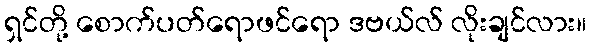
ရှင်တို့ စောက်ပတ်ရောဖင်ရော ဒဗယ်လ် လိုးချင်လား။